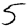
Digit: 5